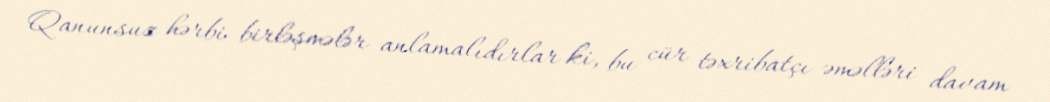
Qanunsuz hərbi birləşmələr anlamalıdırlar ki, bu cür təxribatçı əməlləri davam